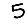
Digit: 5